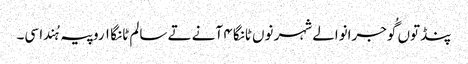
پنڈ توں گُوجرانوالے شہر نوں ٹانگا ٤ آنے تے سالم ٹانگا ١ روپیہ ہُندا سی۔